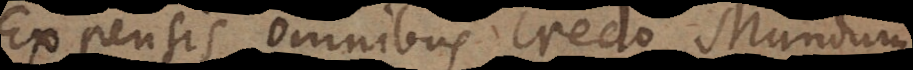
Expensis omnibus credo Mundum